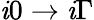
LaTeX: \mathit{i}0\to\mathit{i}\Gamma